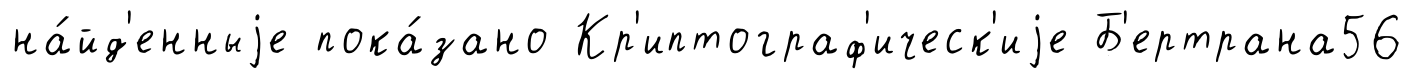
на́йд'енныjе пока́зано Кр'иптограф'ическ'иjе Б'ертрана56